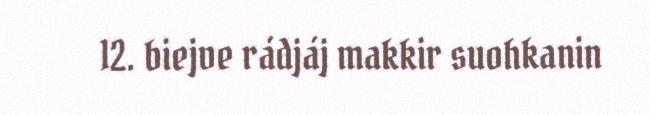
12. biejve rádjáj makkir suohkanin